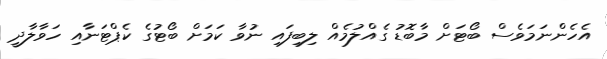
އެހެންނަމަވެސް ބޯޓަށް މާބޮޑު ގެއްލުމެއް ލިބިފައި ނުވާ ކަމަށް ބޯޓުގެ ކެޕްޓަނާއި ހަވާލާދީ